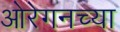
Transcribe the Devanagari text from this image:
ओरेगनच्या